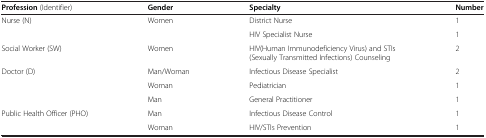
| Profession (Identifier) | Gender | Specialty | Number |
 | --- | --- | --- | --- |
 | Nurse (N) | Women | District Nurse | 1 |
 |  |  | HIV Specialist Nurse | 1 |
 | Social Worker (SW) | Women | HIV(Human Immunodeficiency Virus) and STIs (Sexually Transmitted Infections) Counseling | 2 |
 | Doctor (D) | Man/Woman | Infectious Disease Specialist | 2 |
 |  | Woman | Pediatrician | 1 |
 |  | Man | General Practitioner | 1 |
 | Public Health Officer (PHO) | Man | Infectious Disease Control | 1 |
 |  | Woman | HIV/STIs Prevention | 1 |